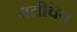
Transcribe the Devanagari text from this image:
यतीवेष